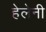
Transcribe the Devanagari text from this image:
हेलेनी